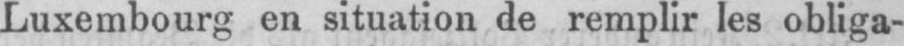
Luxembourg en situation de remplir les obliga-